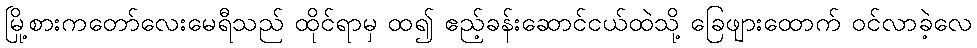
မြို့စားကတော်လေးမေရီသည် ထိုင်ရာမှ ထ၍ ဧည့်ခန်းဆောင်ငယ်ထဲသို့ ခြေဖျားထောက် ဝင်လာခဲ့လေ